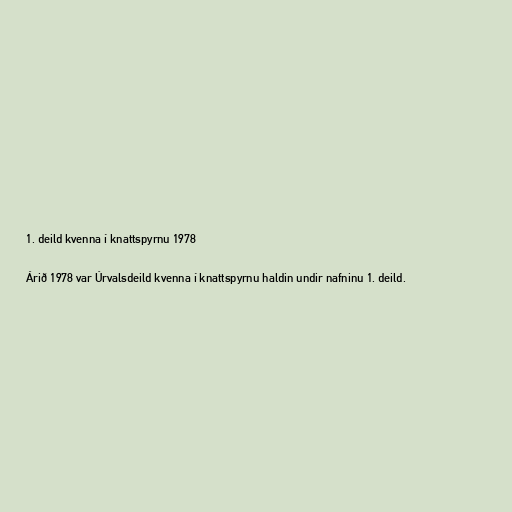
1. deild kvenna í knattspyrnu 1978

Árið 1978 var Úrvalsdeild kvenna í knattspyrnu haldin undir nafninu 1. deild.